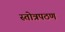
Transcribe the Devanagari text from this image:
स्तोत्रपठण